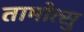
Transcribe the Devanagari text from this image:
तामोत्सु